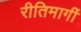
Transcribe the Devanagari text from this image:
रीतिमार्गी